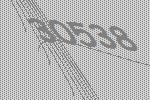
30538